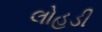
લોહડી